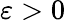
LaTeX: \varepsilon>0